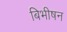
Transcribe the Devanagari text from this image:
बिभीषन